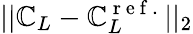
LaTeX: ||\mathbb{C}_{L}-\mathbb{C}_{L}^{\mathrm{{~r~e~f~.~}}}||_{2}